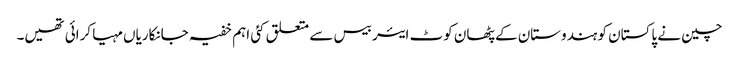
چین نے پاکستان کو ہندوستان کے پٹھان کوٹ ایئر بیس سے متعلق کئی اہم خفیہ جانکاریاں مہیا کرائی تھیں۔